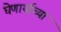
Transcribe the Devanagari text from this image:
घेणार्याच्या